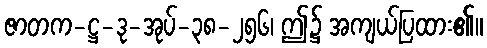
ဇာတက-ဋ္ဌ-ဒု-အုပ်-၃၈-၂၅၆၊ ဤ၌ အကျယ်ပြထား၏။